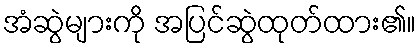
အံဆွဲများကို အပြင်ဆွဲထုတ်ထား၏။